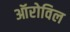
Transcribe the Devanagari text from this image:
ऑरोविल